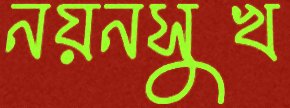
নয়নসুখ